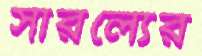
সারল্যের